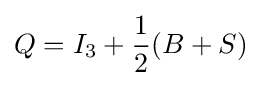
Q=I_{3}+{\frac {1}{2}}(B+S)\